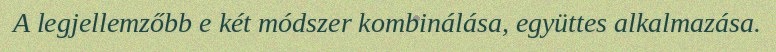
A legjellemzőbb e két módszer kombinálása, együttes alkalmazása.